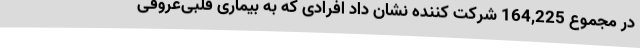
در مجموع 164,225 شرکت کننده نشان داد افرادی که به بیماری قلبی‌‌عروقی